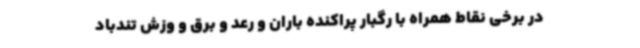
در برخی نقاط همراه با رگبار پراکنده باران و رعد و برق و وزش تندباد